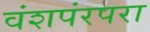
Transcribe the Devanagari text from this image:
वंशपंरपरा